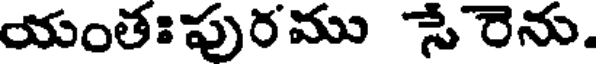
యంతఃపురము సేరెను.